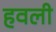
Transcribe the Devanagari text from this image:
हवली